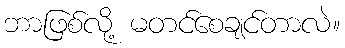
ဘာဖြစ်လို့ မတင်စေချင်တာလဲ။